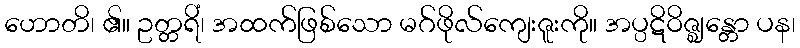
ဟောတိ၊ ၏။ ဥတ္တရိံ၊ အထက်ဖြစ်သော မဂ်ဖိုလ်ကျေးဇူးကို။ အပ္ပဋိဝိဇ္ဈန္တော ပန၊